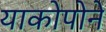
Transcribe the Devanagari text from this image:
याकोपोने